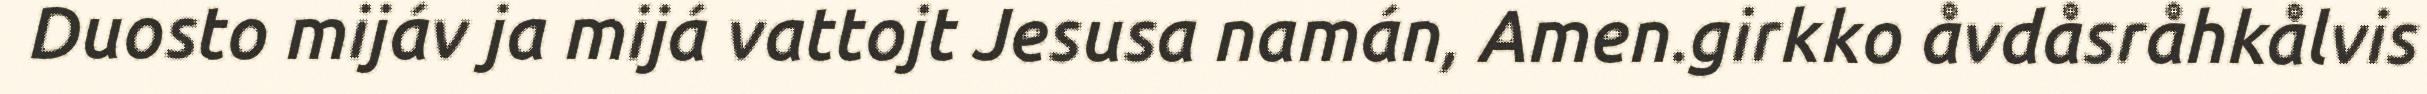
Duosto mijáv ja mijá vattojt Jesusa namán, Amen.girkko åvdåsråhkålvis